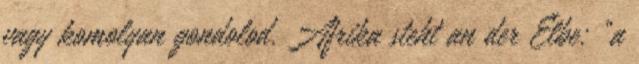
vagy komolyan gondolod. Afrika steht an der Elbe: "a